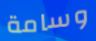
وسامة